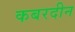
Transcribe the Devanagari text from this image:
कबरदीन